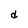
Character: d